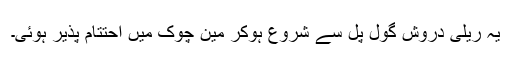
یہ ریلی دروش گول پل سے شروع ہوکر مین چوک میں احتتام پذیر ہوئی۔